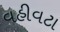
વહીવટા